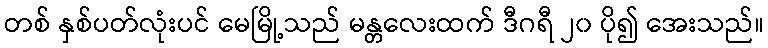
တစ် နှစ်ပတ်လုံးပင် မေမြို့သည် မန္တလေးထက် ဒီဂရီ ၂၀ ပို၍ အေးသည်။